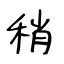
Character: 稍